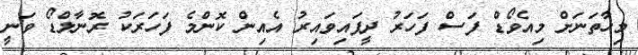
މިހާތަނަށް މިއެވޯޑް ފަސް ފަހަރު ދީފައިވައިރު އެއިން ކޮންމެ ފަހަރަކު ރޮނާލްޑޯ ވަނީ